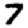
Digit: 7